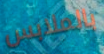
بالملابس